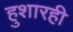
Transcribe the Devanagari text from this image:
हुशारही